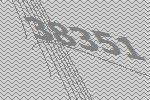
38351